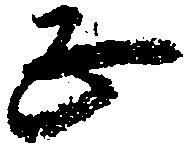
正